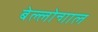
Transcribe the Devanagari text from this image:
बेल्लोन्गाल